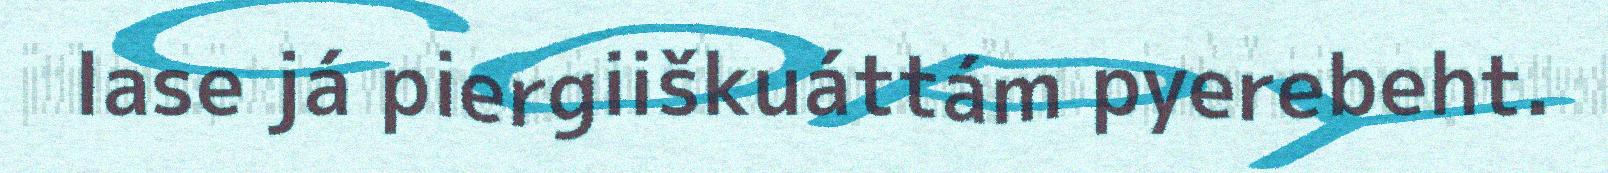
lase já piergiiškuáttám pyerebeht.